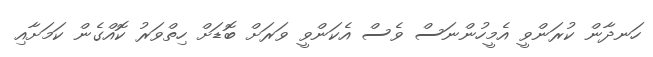
ހަނދާން ކުރަންވީ އެމީހުންނަސް ވެސް އެކަންވީ ވަރަށް ބޮޑަށް ހިތްވަރު ކޮއްގެން ކަމަށާއި